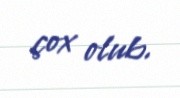
çox olub.